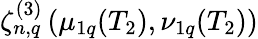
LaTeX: \zeta_{n,q}^{(3)}\left(\mu_{1q}(T_{2}),\nu_{1q}(T_{2})\right)